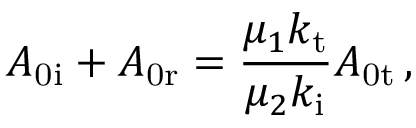
A _ { \mathrm { 0 i } } + A _ { \mathrm { 0 r } } = \frac { \mu _ { 1 } k _ { \mathrm { t } } } { \mu _ { 2 } k _ { \mathrm { i } } } A _ { \mathrm { 0 t } } \, ,